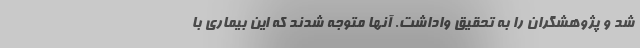
شد و پژوهشگران را به تحقیق واداشت. آنها متوجه شدند که این بیماری با